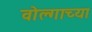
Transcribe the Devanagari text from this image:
वोल्गाच्या